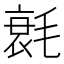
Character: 㲤